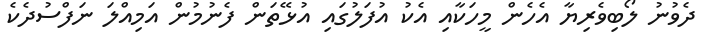
ދެވުނު ލޯބިވެރިޔާ އެހެން މީހަކާއި އެކު އުފަލުގައި އުޅޭތަން ފެނުމުން އަމިއްލަ ނަފްސުދެކެ